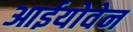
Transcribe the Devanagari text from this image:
आईयोवेन